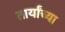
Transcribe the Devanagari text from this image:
तार्यांच्या